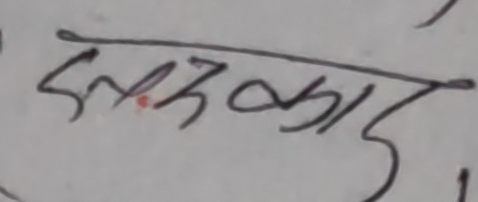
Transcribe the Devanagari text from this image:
सरकार